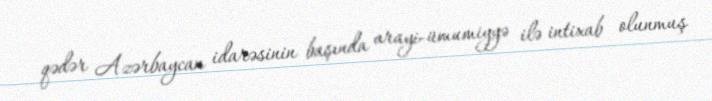
qədər Azərbaycan idarəsinin başında arayi-ümumiyyə ilə intixab olunmuş